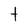
Character: t